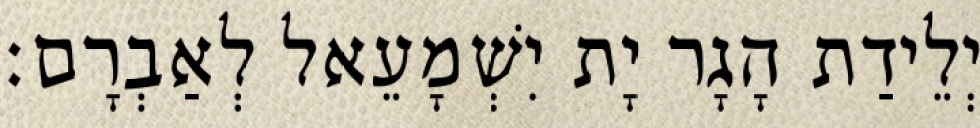
יְלֵידַת הָגָר יָת יִשְׁמָעֵאל לְאַבְרָם׃